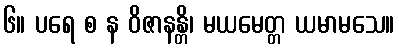
၆။ ပရေ စ န ဝိဇာနန္တိ၊ မယမေတ္တ ယမာမသေ။